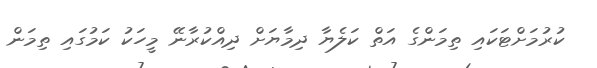
ކުރުމަށްޓަކައި ތިމަންގެ އަތް ކަލެޔާ ދިމާޔަށް ދިއްކުރާނޭ މީހަކު ކަމުގައި ތިމަން